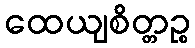
ထေယျစိတ္တဉ္စ